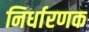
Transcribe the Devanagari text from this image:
निर्धारणक